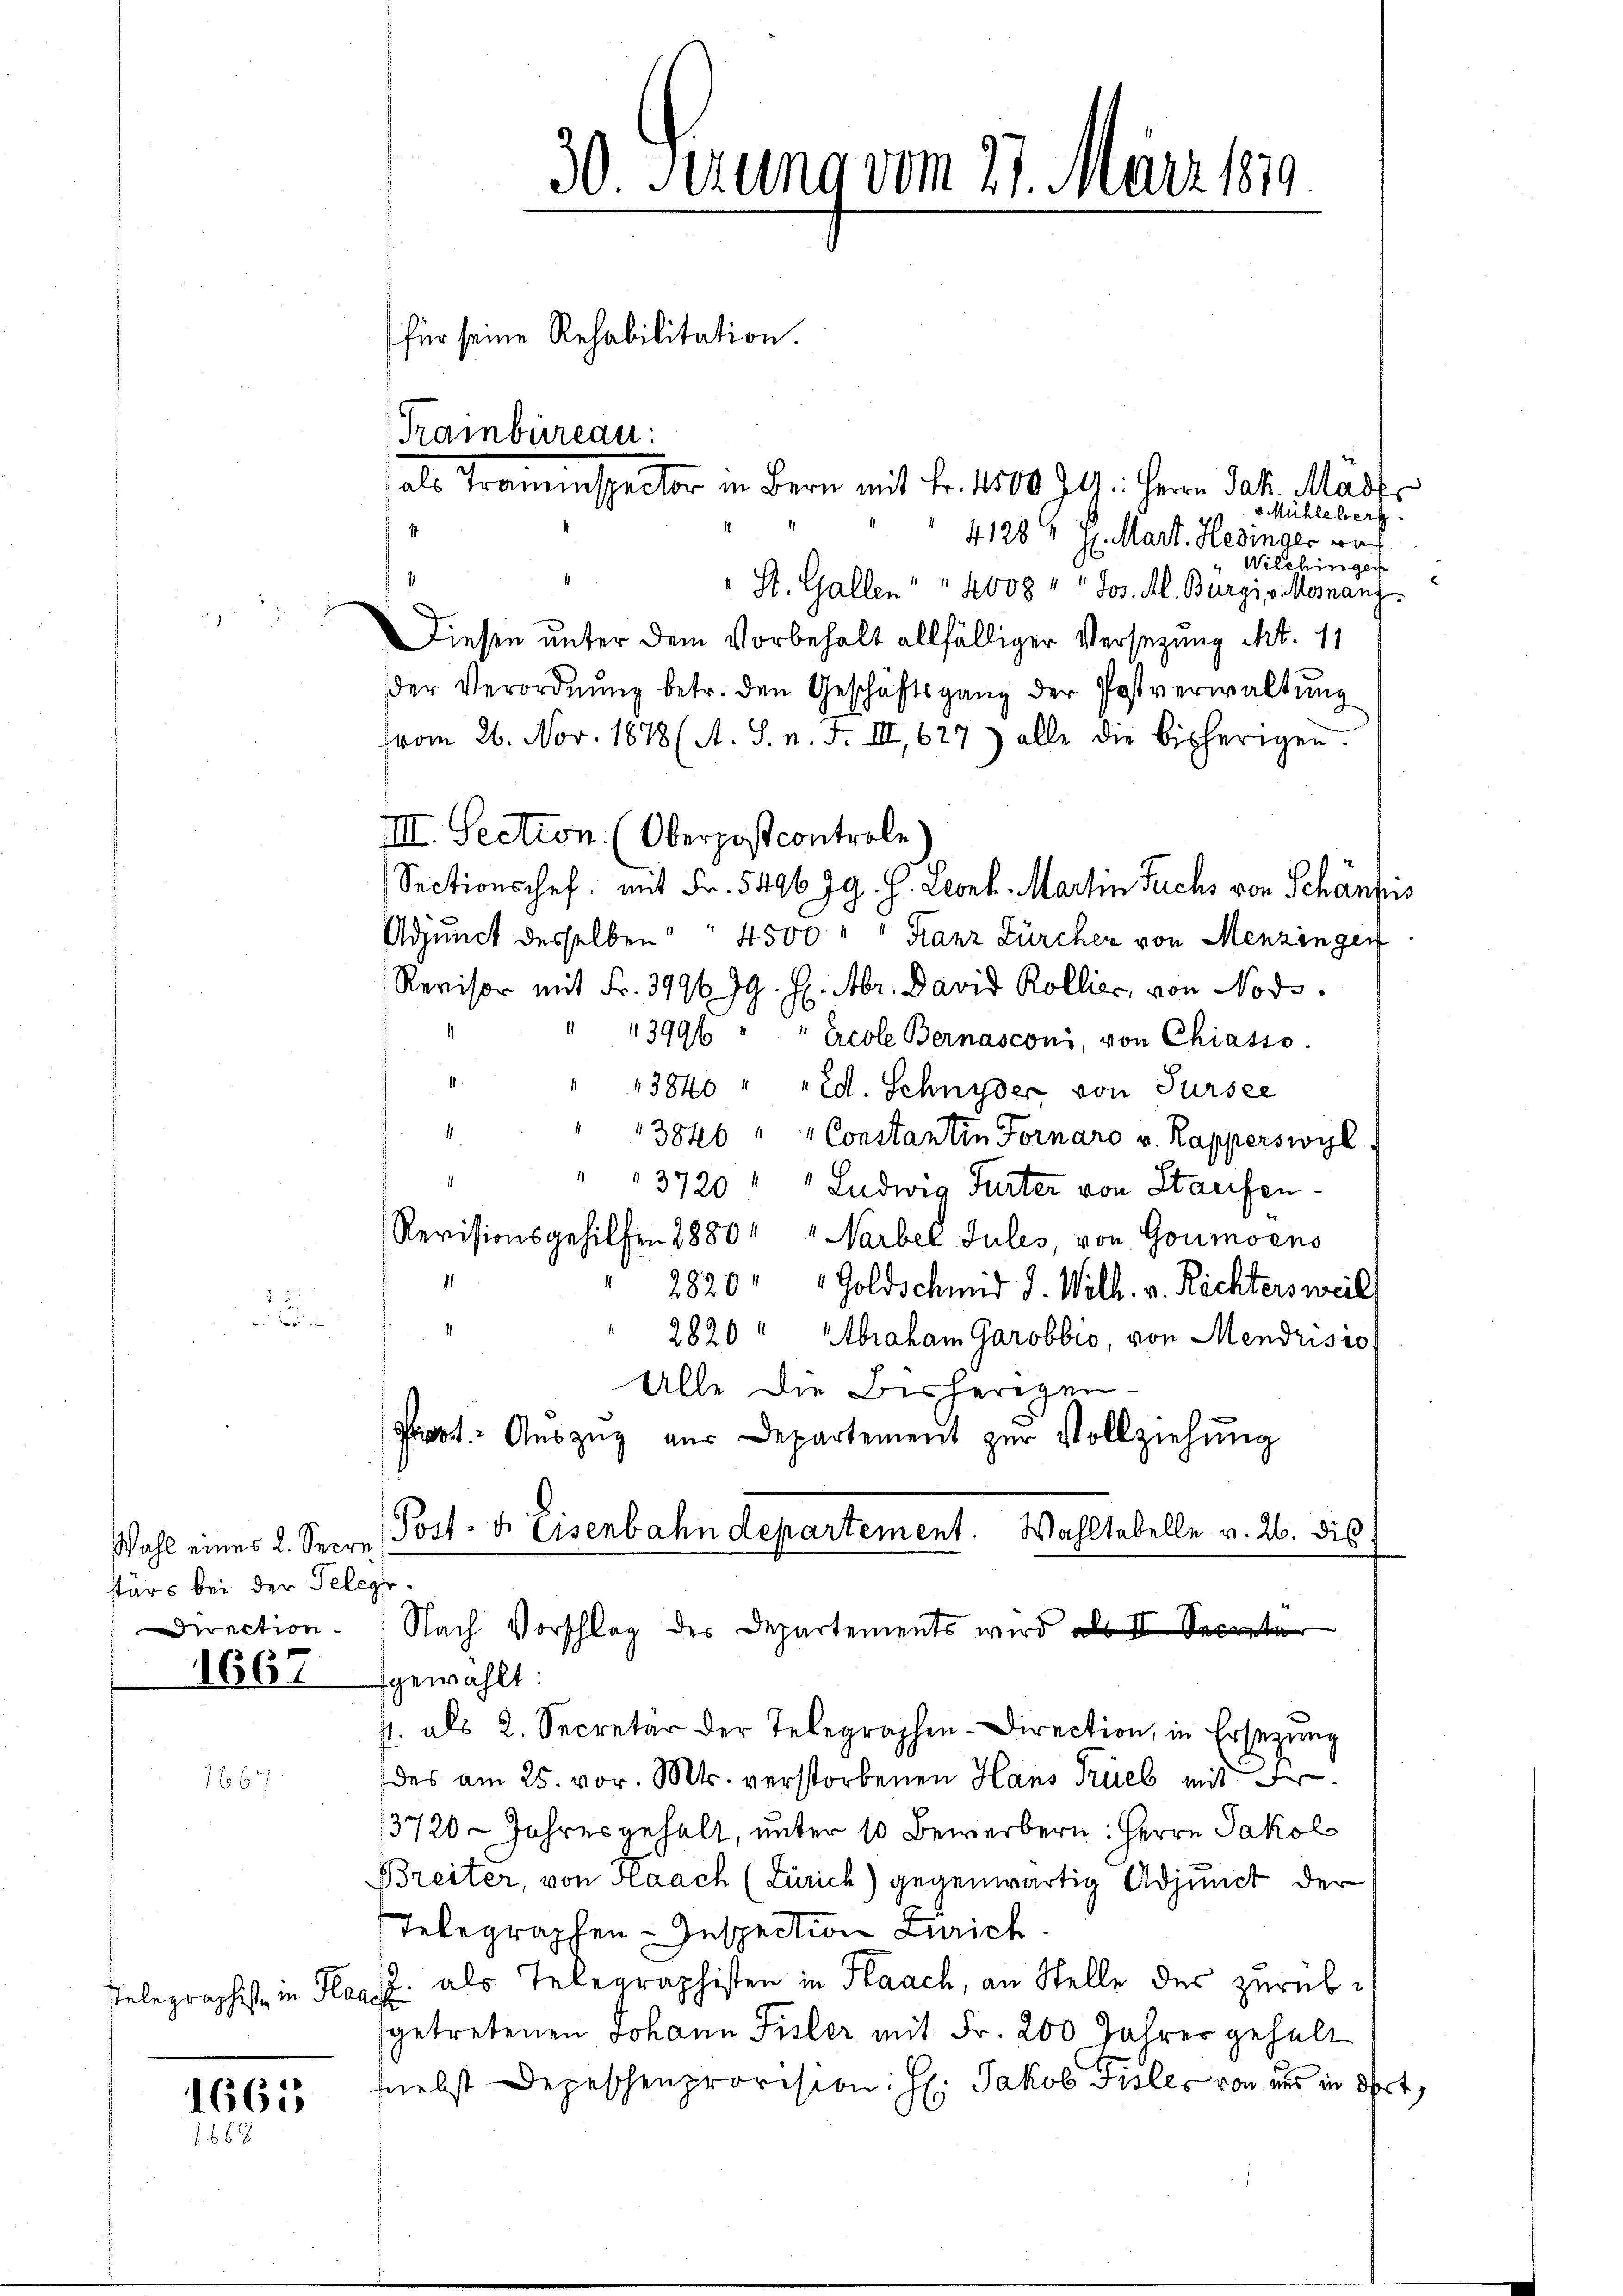
stärs bei der Telegt.
rection

1667

2.

stelegraphist, in Klage

1665
 662

v Mühleberg.
4128 u. H. Mart. Hedinger rech
Wilchingen
.
St. Gallen " " 4000 " " Jos. Al. Burgi v. Mosnanz
Diesen unter dem Vorbehalt allfälliger Versezung Art. 11
der Verordnŭng betr. den Geschäftsgang der Postverwaltŭng
vom 26. Nov. 1878 (A. S. n. F. III, 627) alle die bisherigen.
IIII. Section. (Oberpost controle
Sectionschef. mit Fr. 5496 Jg. H. Leoel Martin Fuchs von Schänzus
Adjunct desselben " " 4500 " " Franz Zürcher von Menzingen
Revisor mit Fr. 3496. 79. H. Abr. David Kollier, von Nods.
3996 " " Ecole Bernasconi, von Chiasso.
1
13840 " " Ed. Schnyder von Tursee
1
3846 " " Constantin Fornaro v. Kapperswyl
1
3720 " " Ludwig Furter von Staufen¬
Revisionsgehilfen 2880 " " Narbel Jules, von Goumoens
2820 " " Goldschmid J. Wilh. v. Richtersweil
4
2820 " Abraham Garobbio, von Mendrisio
Alle die Bisherigen-
Prot. Aŭszŭg aŭs Departement zŭr Vollziehŭng
Wahl eines 2. Secre Post- u. Eisenbahndepartement. Wahltabelle v. 26. dis
Nach Vorschlag des Departements wird als II. Secreta
gewählt:
1. als 2. Secretär der Telegraphen-Direction, in Ersetzung
des am 25. vor. Mts. verstorbenen Hans Trieb mit
13720 - Jahres gehalt, unter 10 Bewerbern: Herrn Jakol
Breiter, von Haach (Zürich) gegenwärtig Adjunct der
Telegraphen Inspection Zürich
 als Telegraphisten in Flaach, an Stelle des zurükgetretenen Johann Fisler mit Fr. 200 Jahres gehalt
nebst Depeschenprovision: H: Jakob Trolls von uns in Ort,

30. Ferung vom 27. März 1819.
für seine Rehabilitation.
Trainbureau.
als Traminspector in Bern mit Fr. 1500 fl. Herrn Jak. Mart